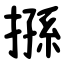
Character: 搎